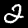
Digit: 2